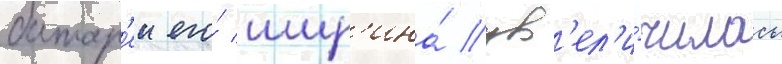
батар'еи его́ шир'ина́ ув'ел'и́чилась